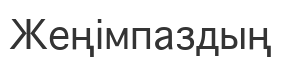
Жеңімпаздың